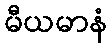
မီယမာနံ